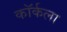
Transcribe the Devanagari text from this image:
कॉर्कला